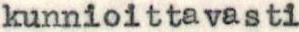
kunnioittavasti